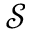
\mathcal { S }